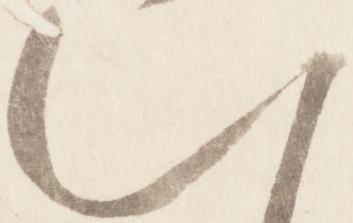
八